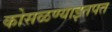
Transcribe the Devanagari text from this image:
कोसळण्याइतपत